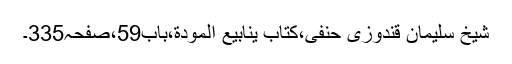
شیخ سلیمان قندوزی حنفی،کتاب ینابیع المودة،باب59،صفحہ335۔